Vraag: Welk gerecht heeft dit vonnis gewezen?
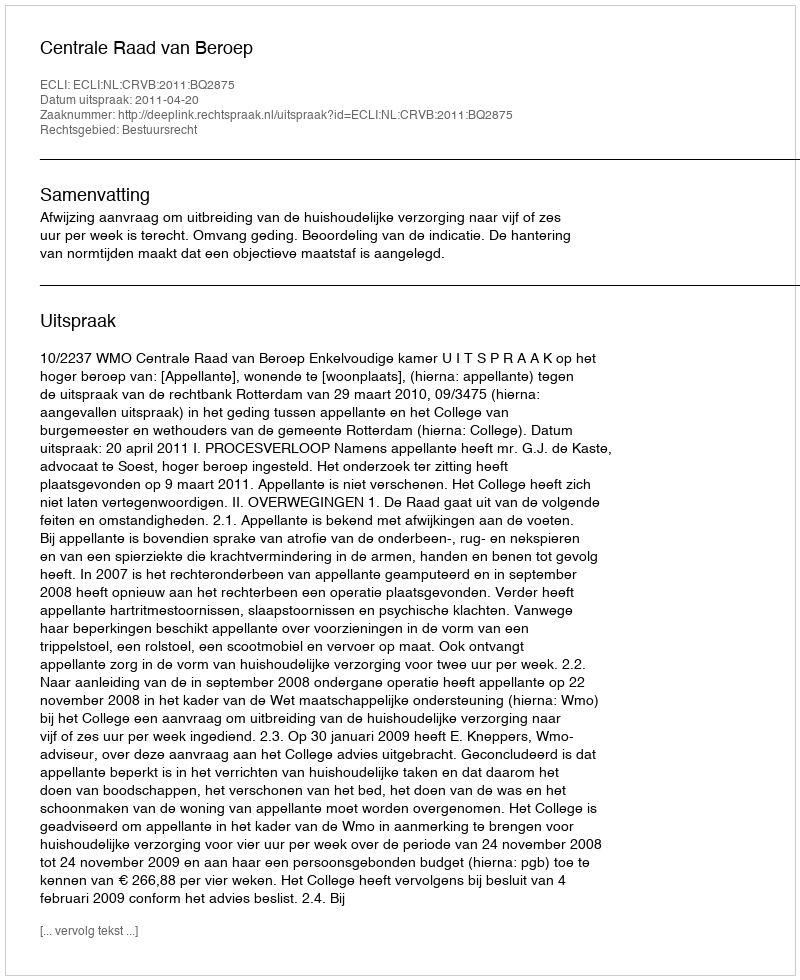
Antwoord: Centrale Raad van Beroep